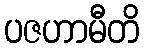
ပဇဟာမီတိ